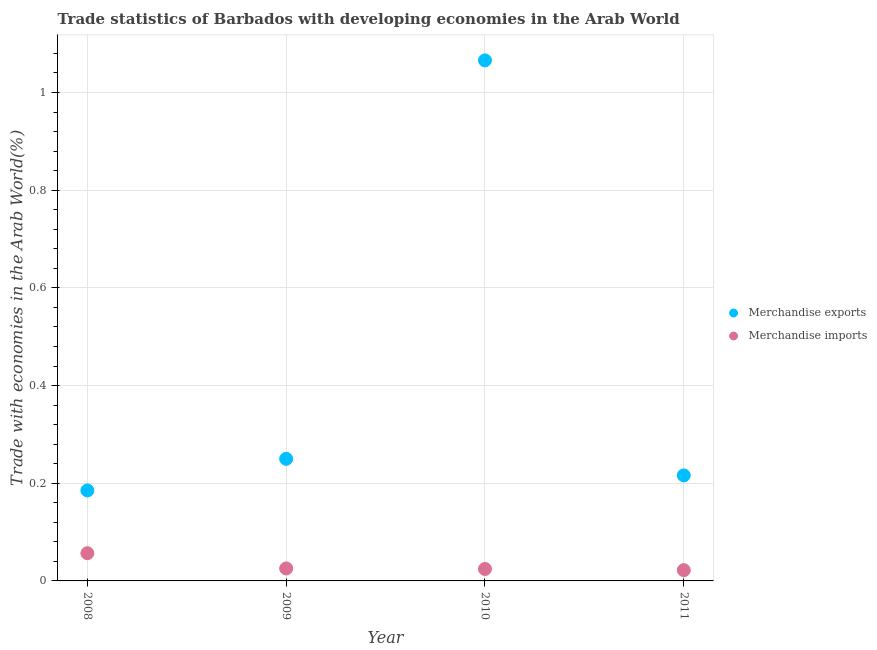
| Year | Merchandise exports | Merchandise imports |
 | --- | --- | --- |
 | 2008 | 0.185 | 0.0568 |
 | 2009 | 0.25 | 0.0255 |
 | 2010 | 1.07 | 0.0245 |
 | 2011 | 0.216 | 0.022 |